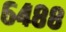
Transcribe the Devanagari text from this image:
६४८८